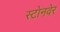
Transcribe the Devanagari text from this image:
स्टोनवेर